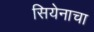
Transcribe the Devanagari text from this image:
सियेनाचा